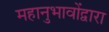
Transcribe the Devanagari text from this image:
महानुभावोंद्वारा